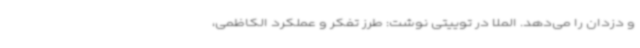
و دزدان را می‌دهد. الملا در توییتی نوشت: طرز تفکر و عملکرد الکاظمی،